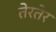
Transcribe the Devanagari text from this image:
तेरतेर